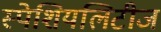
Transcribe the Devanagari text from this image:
स्पेशियलिटीज